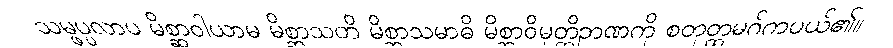
သမ္ဖပ္ပလာပ မိစ္ဆာဝါယာမ မိစ္ဆာသတိ မိစ္ဆာသမာဓိ မိစ္ဆာဝိမုတ္တိဉာဏကို စတုတ္ထမဂ်ကပယ်၏။